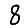
Digit: 8